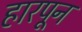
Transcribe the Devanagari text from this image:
हारपून